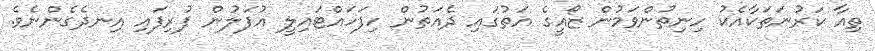
ތިއާ ކަރުނަތަކާއެކު ހިނިތުންވަމުން ޒޯއީގެ އަތުގައި ދެއަތުން ހިފަހައްޓައިލީ އުފަލުން ފުރިފައި އިނދެގެންނެވެ.